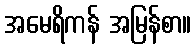
အမေရိကန် အမြန်စာ။